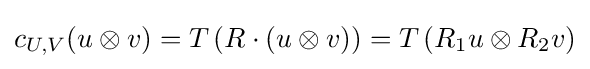
c_{U,V}(u\otimes v)=T\left(R\cdot (u\otimes v)\right)=T\left(R_{1}u\otimes R_{2}v\right)